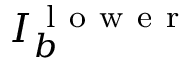
I _ { b } ^ { \mathrm { ~ l ~ o ~ w ~ e ~ r ~ } }